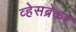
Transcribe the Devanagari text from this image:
व्हेसब्रेकर